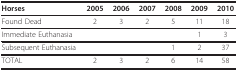
<table><thead><tr><td><b>Horses</b></td><td><b>2005</b></td><td><b>2006</b></td><td><b>2007</b></td><td><b>2008</b></td><td><b>2009</b></td><td><b>2010</b></td></tr></thead><tbody><tr><td>Found Dead</td><td>2</td><td>3</td><td>2</td><td>5</td><td>11</td><td>18</td></tr><tr><td>Immediate Euthanasia</td><td></td><td></td><td></td><td></td><td>1</td><td>3</td></tr><tr><td>Subsequent Euthanasia</td><td></td><td></td><td></td><td>1</td><td>2</td><td>37</td></tr><tr><td>TOTAL</td><td>2</td><td>3</td><td>2</td><td>6</td><td>14</td><td>58</td></tr></tbody></table>